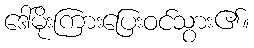
ဒေါ်မိုးကြားပြေးဝင်သွား၏။